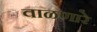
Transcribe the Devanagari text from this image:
वाळणारे